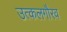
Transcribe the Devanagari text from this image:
उत्कलगौरव